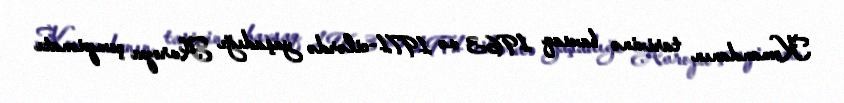
Komandanın tarixinə baxsaq 1963 və 1971-cilərdə yaşadığı Avropa çempionatı